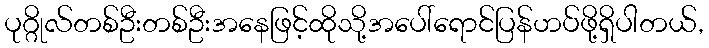
ပုဂ္ဂိုလ်တစ်ဦးတစ်ဦးအနေဖြင့်ထိုသို့အပေါ်ရောင်ပြန်ဟပ်ဖို့ရှိပါတယ်,